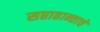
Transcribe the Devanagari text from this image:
सप्ताहान्ताचे